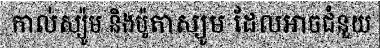
កាល់ស្យ៉ូម និងប៉ូតាស្យូម ដែលអាចជំនួយ